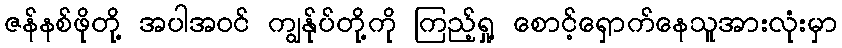
ဇန်နစ်ဖိုတို့ အပါအဝင် ကျွန်ုပ်တို့ကို ကြည့်ရှု့ စောင့်ရှောက်နေသူအားလုံးမှာ